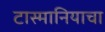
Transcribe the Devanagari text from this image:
टास्मानियाचा